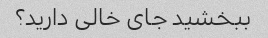
ببخشید جای خالی دارید؟